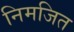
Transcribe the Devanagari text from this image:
निमजित